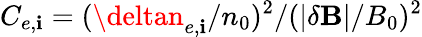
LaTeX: C_{e,\mathbf{i}}=(\deltan_{e,\mathbf{i}}/n_{0})^{2}/(|\delta\mathbf{{B}}|/B_{0})^{2}